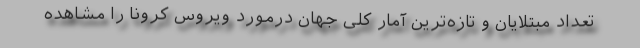
تعداد مبتلایان و تازه‌ترین آمار کلی جهان درمورد ویروس کرونا را مشاهده